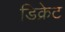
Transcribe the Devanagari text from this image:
डिक्रेट